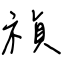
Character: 禎